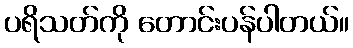
ပရိသတ်ကို တောင်းပန်ပါတယ်။